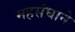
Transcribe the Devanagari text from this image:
महसंघाने